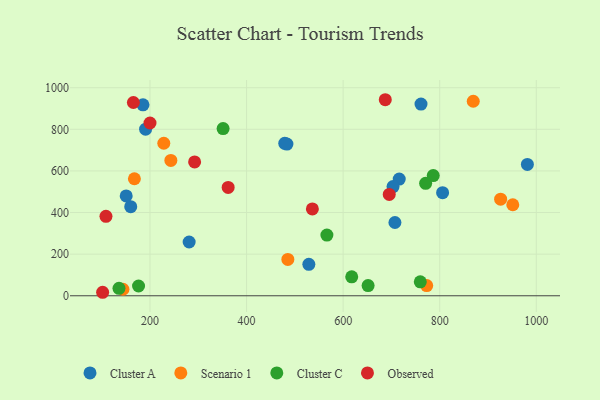
{"axis": {"x": "Investment", "y": "Profit"}, "legend": ["Cluster A", "Cluster C", "Observed", "Scenario 1"], "data": [{"x": "483.6", "y": 729.0, "type": "Cluster A"}, {"x": "190.9", "y": 800.5, "type": "Cluster A"}, {"x": "281.1", "y": 258.5, "type": "Cluster A"}, {"x": "761.3", "y": 921.4, "type": "Cluster A"}, {"x": "716.2", "y": 560.7, "type": "Cluster A"}, {"x": "806.0", "y": 495.6, "type": "Cluster A"}, {"x": "529.0", "y": 151.0, "type": "Cluster A"}, {"x": "185.5", "y": 917.5, "type": "Cluster A"}, {"x": "160.1", "y": 428.1, "type": "Cluster A"}, {"x": "479.1", "y": 732.6, "type": "Cluster A"}, {"x": "150.7", "y": 480.1, "type": "Cluster A"}, {"x": "707.3", "y": 352.2, "type": "Cluster A"}, {"x": "981.6", "y": 631.2, "type": "Cluster A"}, {"x": "703.4", "y": 525.0, "type": "Cluster A"}, {"x": "228.6", "y": 733.0, "type": "Scenario 1"}, {"x": "144.0", "y": 31.3, "type": "Scenario 1"}, {"x": "926.2", "y": 464.2, "type": "Scenario 1"}, {"x": "485.5", "y": 174.5, "type": "Scenario 1"}, {"x": "243.2", "y": 650.5, "type": "Scenario 1"}, {"x": "951.4", "y": 437.5, "type": "Scenario 1"}, {"x": "869.5", "y": 934.9, "type": "Scenario 1"}, {"x": "773.1", "y": 49.1, "type": "Scenario 1"}, {"x": "167.7", "y": 562.4, "type": "Scenario 1"}, {"x": "651.7", "y": 49.1, "type": "Cluster C"}, {"x": "351.4", "y": 803.7, "type": "Cluster C"}, {"x": "566.4", "y": 291.6, "type": "Cluster C"}, {"x": "617.8", "y": 91.1, "type": "Cluster C"}, {"x": "786.6", "y": 577.5, "type": "Cluster C"}, {"x": "759.8", "y": 66.8, "type": "Cluster C"}, {"x": "176.3", "y": 46.9, "type": "Cluster C"}, {"x": "770.9", "y": 540.3, "type": "Cluster C"}, {"x": "135.8", "y": 35.7, "type": "Cluster C"}, {"x": "695.5", "y": 487.1, "type": "Observed"}, {"x": "536.3", "y": 417.5, "type": "Observed"}, {"x": "687.3", "y": 942.2, "type": "Observed"}, {"x": "292.4", "y": 643.5, "type": "Observed"}, {"x": "108.8", "y": 381.8, "type": "Observed"}, {"x": "165.6", "y": 928.8, "type": "Observed"}, {"x": "361.9", "y": 520.6, "type": "Observed"}, {"x": "200.0", "y": 830.3, "type": "Observed"}, {"x": "101.9", "y": 16.8, "type": "Observed"}]}